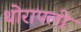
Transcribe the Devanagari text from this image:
थोरापली